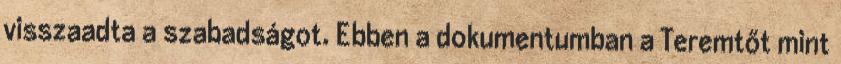
visszaadta a szabadságot. Ebben a dokumentumban a Teremtőt mint